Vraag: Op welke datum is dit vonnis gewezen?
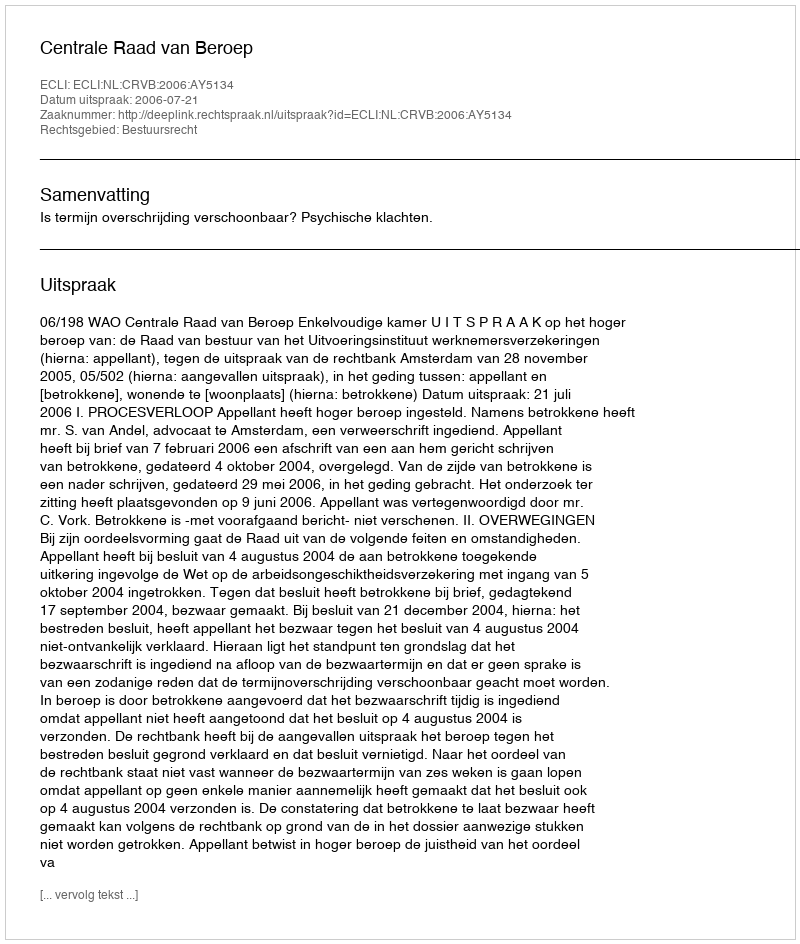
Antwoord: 2006-07-21